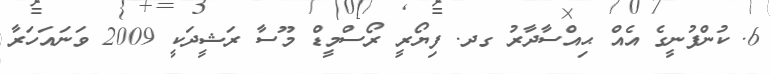
6.	ކުންފުނީގެ އެއް ޙިއްސާދާރު ގދ. ފިޔޯރީ ރޯސްމީޑް މޫސާ ރަޝީދަކީ 2009 ވަނައަހަރާ